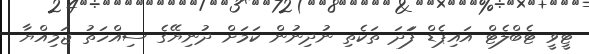
ޓީވީ ޓެބްލެޓް އައިޕެޑް ފަަދަ ތަކެތި ނުދިނުން ކަމަށް ދުނިޔޭގެ ސިއްހަތު ޖަމިއްޔާ